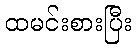
ထမင်းစားပြီး